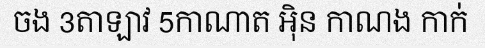
ចង 3តាឡាវ 5កាណាត អ៊ិន កាណង កាក់